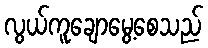
လွယ်ကူချောမွေ့စေသည်